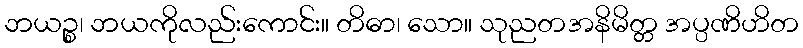
ဘယဉ္စ၊ ဘယကိုလည်းကောင်း။ တိဓာ၊ သော။ သုညတအနိမိတ္တ အပ္ပဏိဟိတ